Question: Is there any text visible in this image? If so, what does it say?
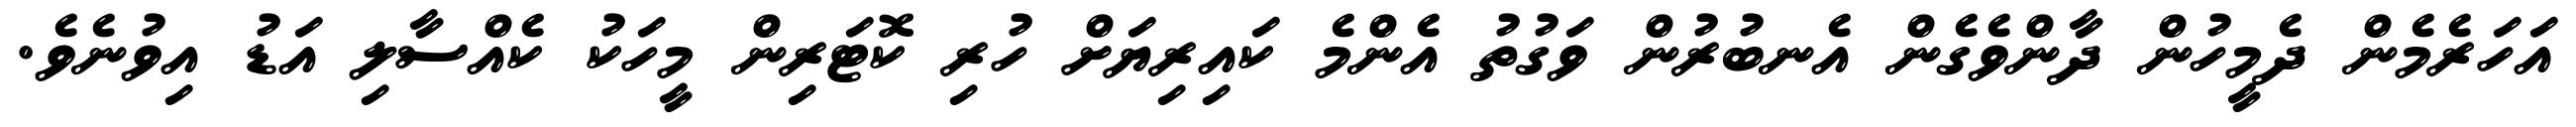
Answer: އަހަރެމެން ދެމީހުން ދާންވެގެން އެނބުރުން ވަގުތު އެންމެ ކައިރިޔަށް ހުރި ކޮޓަރިން މީހަކު ކެއްސާލި އަޑު އިވުނެވެ.